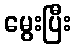
မွေးပြီး